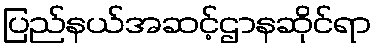
ပြည်နယ်အဆင့်ဌာနဆိုင်ရာ